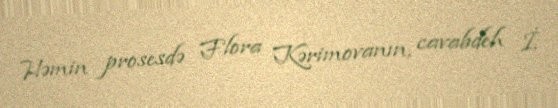
Həmin prosesdə Flora Kərimovanın, cavabdeh İ.